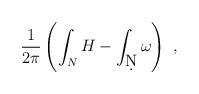
LaTeX: \begin{align*}\frac{1}{2\pi}\left(\int_N H - \int_{\d N} \omega\right)~,\end{align*}